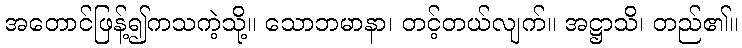
အတောင်ဖြန့်၍ကသကဲ့သို့။ သောဘမာနာ၊ တင့်တယ်လျက်။ အဋ္ဌာသိ၊ တည်၏။